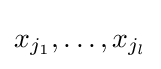
x_{j_{1}},\ldots ,x_{j_{l}}